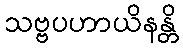
သဗ္ဗပဟာယိနန္တိ